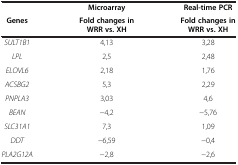
<table><thead><tr><td><b> </b></td><td><b>Microarray</b></td><td><b>Real-time PCR</b></td></tr><tr><td><b>Genes</b></td><td><b>Fold changes in WRR vs. XH</b></td><td><b>Fold changes in WRR vs. XH</b></td></tr></thead><tbody><tr><td><i>SULT1B1</i></td><td>4,13</td><td>3,28</td></tr><tr><td><i>LPL</i></td><td>2,5</td><td>2,48</td></tr><tr><td><i>ELOVL6</i></td><td>2,18</td><td>1,76</td></tr><tr><td><i>ACSBG2</i></td><td>5,3</td><td>2,29</td></tr><tr><td><i>PNPLA3</i></td><td>3,03</td><td>4,6</td></tr><tr><td><i>BEAN</i></td><td>-4,2</td><td>-5,76</td></tr><tr><td><i>SLC31A1</i></td><td>7,3</td><td>1,09</td></tr><tr><td><i>DDT</i></td><td>-6,59</td><td>-0,4</td></tr><tr><td><i>PLA2G12A</i></td><td>-2,8</td><td>-2,6</td></tr></tbody></table>